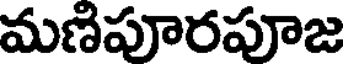
మణిపూరపూజ